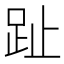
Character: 趾